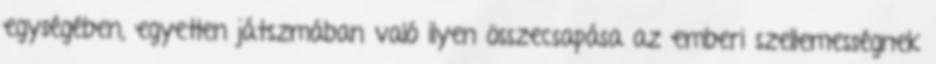
egységében, egyetlen játszmában való ilyen összecsapása az emberi szellemességnek